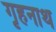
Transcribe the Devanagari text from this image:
गृहनाथ